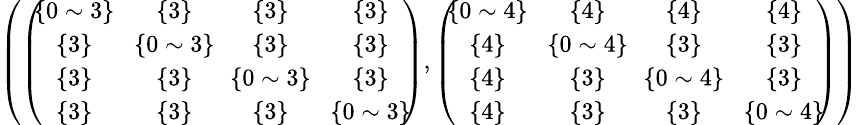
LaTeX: \begin{array}{r}{\small{\left(\left(\! \! \begin{array}{cccc}{\{ 0\sim 3\} }&{\{ 3\} }&{\{ 3\} }&{\{ 3\} }\\ {\{ 3\} }&{\! \{ 0\sim 3\} \! }&{\{ 3\} }&{\{ 3\} }\\ {\{ 3\} }&{\{ 3\} }&{\! \{ 0\sim 3\} \! }&{\{ 3\} }\\ {\{ 3\} }&{\{ 3\} }&{\{ 3\} }&{\{ 0\sim 3\} }\end{array}\! \! \right),\left(\! \! \begin{array}{cccc}{\{ 0\sim 4\} }&{\{ 4\} }&{\{ 4\} }&{\{ 4\} }\\ {\{ 4\} }&{\! \{ 0\sim 4\} \! }&{\{ 3\} }&{\{ 3\} }\\ {\{ 4\} }&{\{ 3\} }&{\! \{ 0\sim 4\} \! }&{\{ 3\} }\\ {\{ 4\} }&{\{ 3\} }&{\{ 3\} }&{\{ 0\sim 4\} }\end{array}\! \! \right)\right)}}\end{array}